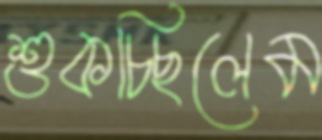
শুকচ্ছিলেম